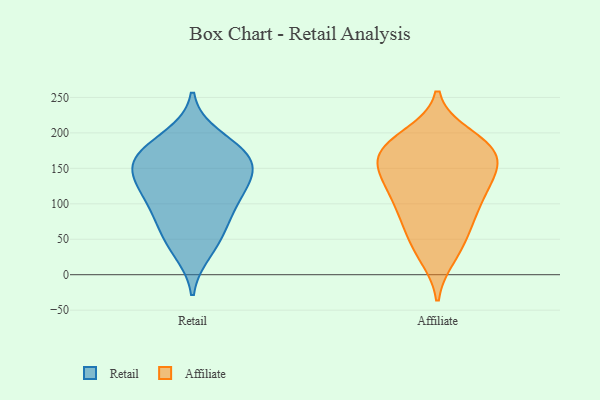
{"axis": {"x": "Active Users", "y": "Value"}, "legend": ["Affiliate", "Retail"], "data": [{"x": "", "y": 67, "type": "Retail"}, {"x": "", "y": 115, "type": "Retail"}, {"x": "", "y": 149, "type": "Retail"}, {"x": "", "y": 173, "type": "Retail"}, {"x": "", "y": 167, "type": "Retail"}, {"x": "", "y": 133, "type": "Retail"}, {"x": "", "y": 52, "type": "Retail"}, {"x": "", "y": 171, "type": "Retail"}, {"x": "", "y": 133, "type": "Retail"}, {"x": "", "y": 94, "type": "Retail"}, {"x": "", "y": 99, "type": "Retail"}, {"x": "", "y": 195, "type": "Retail"}, {"x": "", "y": 158, "type": "Retail"}, {"x": "", "y": 33, "type": "Retail"}, {"x": "", "y": 143, "type": "Affiliate"}, {"x": "", "y": 182, "type": "Affiliate"}, {"x": "", "y": 34, "type": "Affiliate"}, {"x": "", "y": 138, "type": "Affiliate"}, {"x": "", "y": 99, "type": "Affiliate"}, {"x": "", "y": 130, "type": "Affiliate"}, {"x": "", "y": 144, "type": "Affiliate"}, {"x": "", "y": 170, "type": "Affiliate"}, {"x": "", "y": 59, "type": "Affiliate"}, {"x": "", "y": 87, "type": "Affiliate"}, {"x": "", "y": 175, "type": "Affiliate"}, {"x": "", "y": 121, "type": "Affiliate"}, {"x": "", "y": 99, "type": "Affiliate"}, {"x": "", "y": 67, "type": "Affiliate"}, {"x": "", "y": 196, "type": "Affiliate"}, {"x": "", "y": 26, "type": "Affiliate"}, {"x": "", "y": 174, "type": "Affiliate"}, {"x": "", "y": 169, "type": "Affiliate"}, {"x": "", "y": 187, "type": "Affiliate"}]}